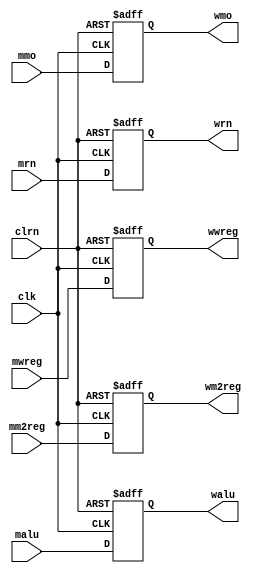
`timescale 1ns / 1ps
//////////////////////////////////////////////////////////////////////////////////
// Company: 
// Engineer: 
// 
// Design Name: 
// Module Name: pipemwreg
// Project Name: 
// Target Devices: 
// Tool Versions: 
// Description: 
// 
// Dependencies: 
// 
// Revision:
// Revision 0.01 - File Created
// Additional Comments:
// 
//////////////////////////////////////////////////////////////////////////////////


module pipemwreg(mwreg,mm2reg,mmo,malu,mrn,clk,clrn,
wwreg,wm2reg,wmo,walu,wrn);
    input [31:0] mmo,malu;
    input [4:0] mrn;
    input mwreg,mm2reg;
    input clk,clrn;
    output [31:0] wmo,walu;
    output [4:0] wrn;
    output wwreg,wm2reg;
    reg [31:0] wmo,walu;
    reg [4:0] wrn;
    reg wwreg,wm2reg;
    always @(negedge clrn or posedge clk)
        if (clrn == 0) begin
            wwreg <= 0;
            wm2reg <= 0;
            wmo <= 0;
            walu <= 0;
            wrn <= 0;
        end else begin
            wwreg <= mwreg;
            wm2reg <= mm2reg;
            wmo <= mmo;
            walu <= malu;
            wrn <= mrn;  
        end
endmodule